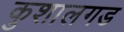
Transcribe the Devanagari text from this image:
कुशालगड